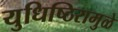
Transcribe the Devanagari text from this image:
युधिष्ठिरामुळे